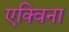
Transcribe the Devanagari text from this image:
एक्विना